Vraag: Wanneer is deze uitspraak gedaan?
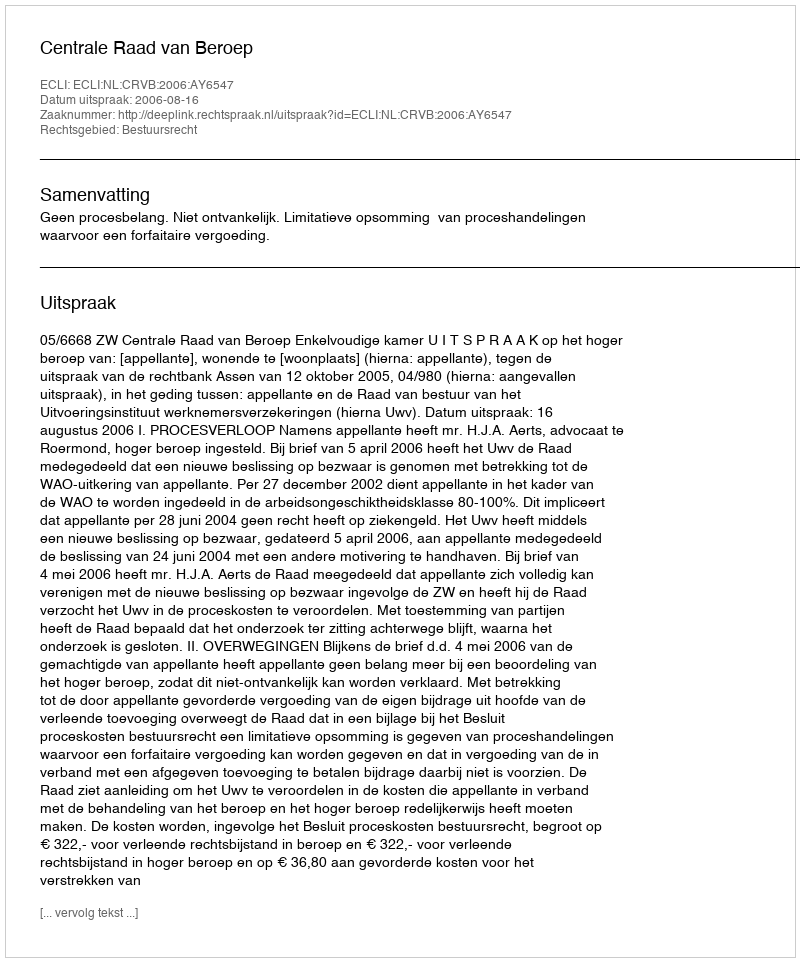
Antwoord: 2006-08-16